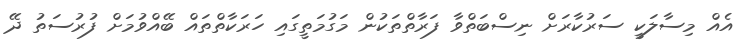
އެއް މިސާލަކީ ސަރުކާރަށް ނިސްބަތްވާ ފަރާތްތަކުން މަގުމަތީގައި ހަރަކާތްތައް ބޭއްވުމަށް ފުރުސަތު ދޭ